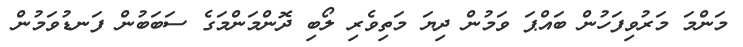
މަންމަ މަރުވިފަހުން ބައްޕަ ވަމުން ދިޔަ މަތިވެރި ލޯބި ދޮންމަންމަގެ ސަބަބުން ފަނޑުވަމުން